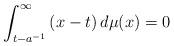
LaTeX: \begin{align*}\int_{t-a^{-1}}^{\infty }\left( x-t\right) d\mu (x)=0\end{align*}